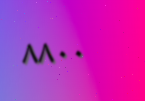
٨٨٠٠